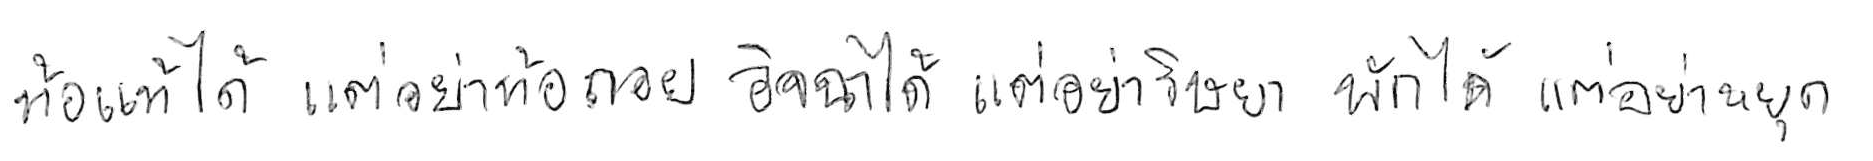
ท้อแท้ได้ แต่อย่าท้อถอย อิจฉาได้ แต่อย่าริษยา พักได้ แต่อย่าหยุด